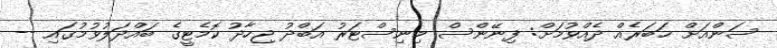
ސަންއަށް ޚަބަރެއް ދެއްވުމަށް: ފިނޭންސް މިނިސްޓަރު އަބްދު ޖިހާދު ކޮމެޓީގެ ބައްދަލުވުމުގައި --